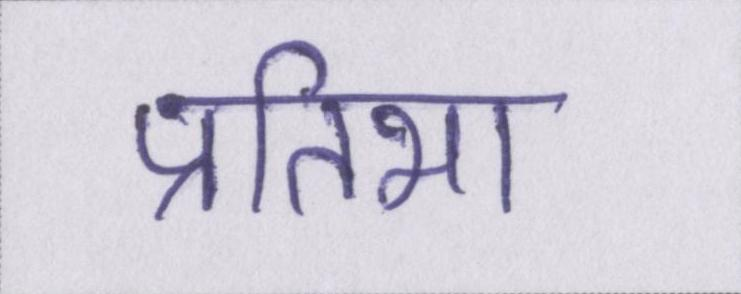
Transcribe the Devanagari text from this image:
प्रतिभा